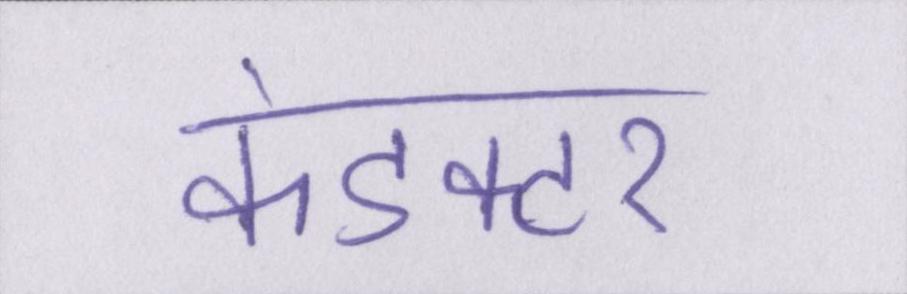
कंडक्टर